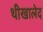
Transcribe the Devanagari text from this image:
थीखालेद